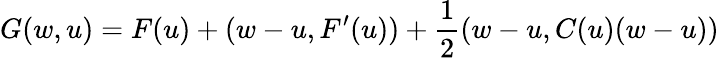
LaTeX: G(w,u)=F(u)+(w-u,F^{\prime}(u))+\frac{1}{2}(w-u,C(u)(w-u))